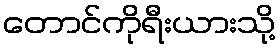
တောင်ကိုရီးယားသို့